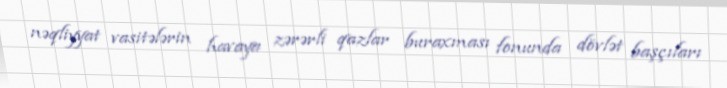
nəqliyyat vasitələrin havaya zərərli qazlar buraxması fonunda dövlət başçıları